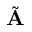
\tilde { \mathbf { A } }